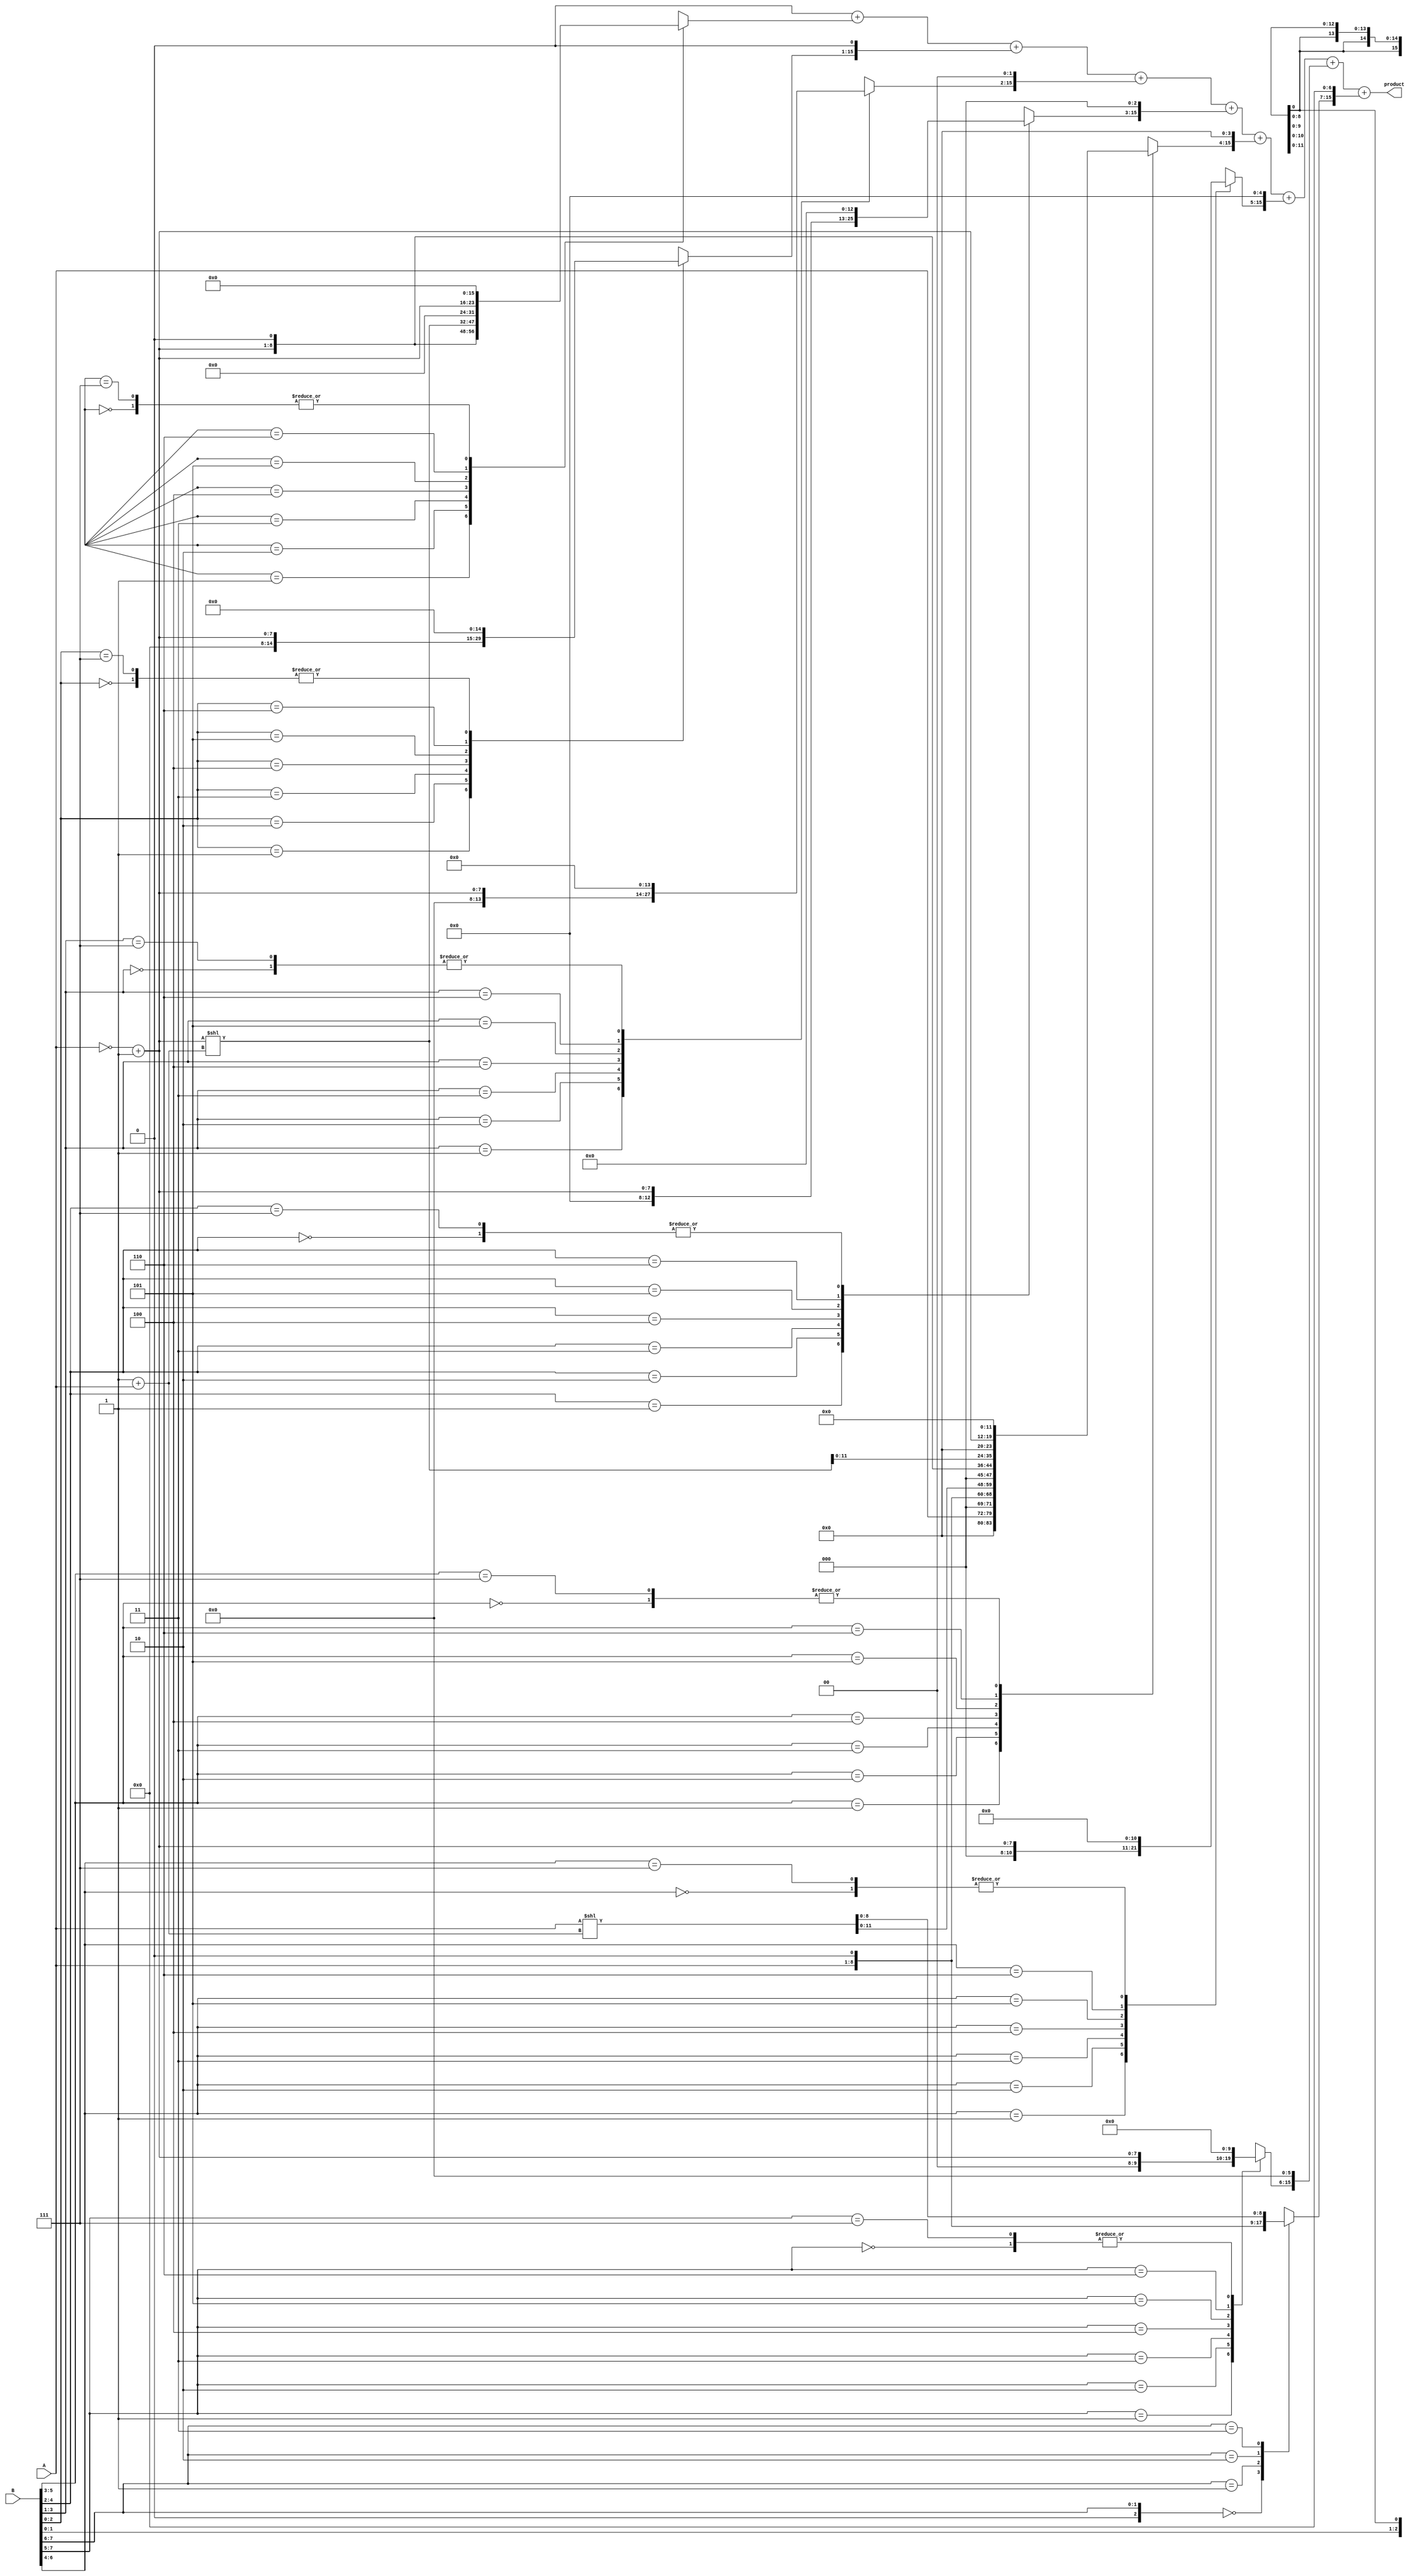
module modified_booth_multiplier #(parameter N = 8) (
    input  wire [N-1:0] A,      // Multiplicand
    input  wire [N-1:0] B,      // Multiplier
    output reg  [2*N-1:0] product // Product output
);
    reg [N-1:0] A_neg;           // Negative value of A
    reg [2*N-1:0] P [0:N-1];     // Partial products
    wire [N:0] B_extended;       // Extended multiplier for sign handling
    integer i, j;                // Loop variables

    // Negate A for subtraction
    assign A_neg = ~A + 1;

    // Extend B for handling -1 situations
    assign B_extended = {1'b0, B}; // Extend with a zero for sign bit
    
    always @(*) begin
        // Initialize product to zero
        product = 0;

        // Generate partial products based on Booth encoding
        for (i = 0; i < N; i = i + 1) begin
            case (B_extended[i+1:i-1]) // Group of 3 bits
                3'b000: P[i] = 0;              // 0
                3'b001: P[i] = A;              // +A
                3'b010: P[i] = A << 1;         // +2A
                3'b011: P[i] = A << 1 + A;     // +3A
                3'b100: P[i] = A_neg << 1;     // -2A
                3'b101: P[i] = A_neg << 1 + A; // -A
                3'b110: P[i] = A_neg;          // -A
                3'b111: P[i] = 0;              // 0 (similar to 000)
            endcase
        end

        // Sum aligned partial products
        for (j = 0; j < N; j = j + 1) begin
            product = product + (P[j] << j); // Shift partial products accordingly
        end
    end
endmodule